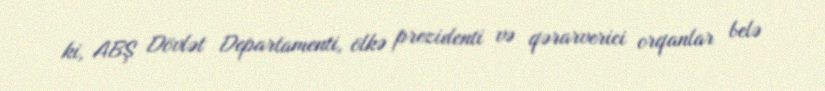
ki, ABŞ Dövlət Departamenti, ölkə prezidenti və qərarverici orqanlar belə